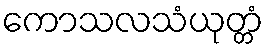
ကောသလသံယုတ္တံ